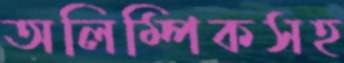
অলিম্পিকসহ